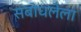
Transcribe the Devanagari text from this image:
संबोधलेला